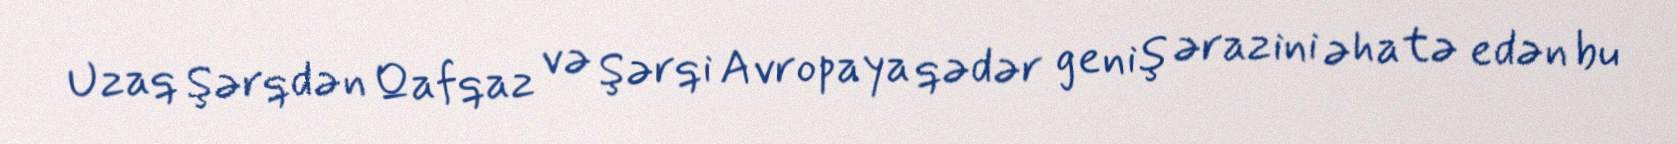
Uzaq Şərqdən Qafqaz və Şərqi Avropaya qədər geniş ərazini əhatə edən bu